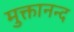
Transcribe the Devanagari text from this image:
मुक्तानन्द